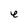
Character: e